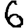
Digit: 6